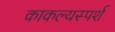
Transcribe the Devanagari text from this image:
काकल्यस्पर्श